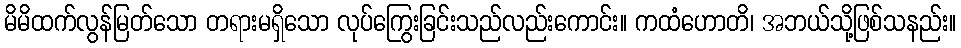
မိမိထက်လွန်မြတ်သော တရားမရှိသော လုပ်ကြွေးခြင်းသည်လည်းကောင်း။ ကထံဟောတိ၊ အဘယ်သို့ဖြစ်သနည်း။